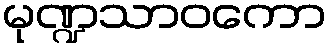
မုဏ္ဍသာဝကော